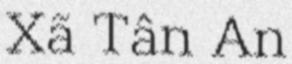
Xã Tân An